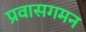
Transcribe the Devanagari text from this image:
प्रवासगमन